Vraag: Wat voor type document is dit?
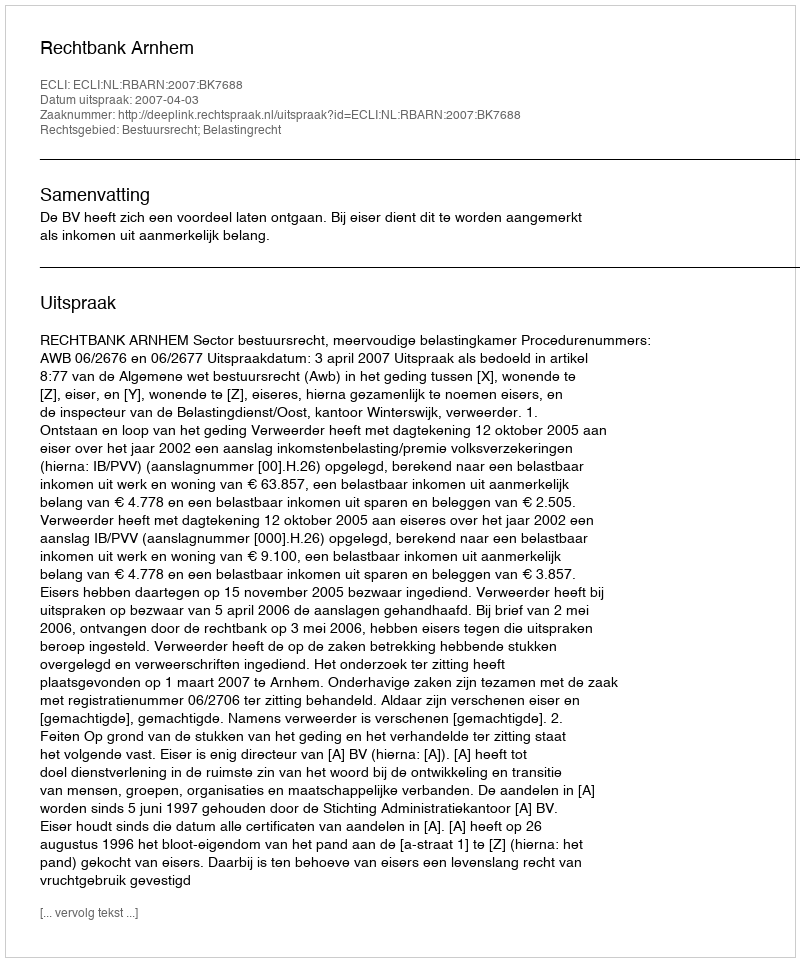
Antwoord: Uitspraak